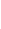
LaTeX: \! \! \! \! \! \! \! \! \! \! \! \eta\! \! \! \! \! \! \! \! \! \! \! \! _{\! }\! \! \! \! \! \! \! \! \! \! \! 2\! \! \! \! \! \! \! \! \! \! \! \! =\! \! \! \! \! \! \! \! \! \! \! \! \eta\! \! \! \! \! \! \! \! \! \! \! \! (\mathcal{R}\! \! \! \! \! \! \! \! \! \! \! \! ,\! \! \! \! \! \! \! \! \! \! \! \! 0\! \! \! \! \! \! \! \! \! \! \! \! )\! \! \! \! \! \! \! \! \! \! \!